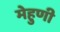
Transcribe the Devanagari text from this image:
मेहुणी